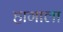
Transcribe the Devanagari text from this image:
हागाला